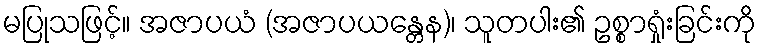
မပြုသဖြင့်။ အဇာပယံ (အဇာပယန္တေန)၊ သူတပါး၏ ဥစ္စာရှုံးခြင်းကို